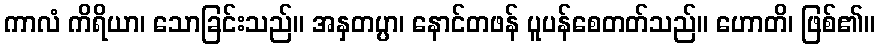
ကာလံ ကိရိယာ၊ သောခြင်းသည်။ အနှတပ္ပာ၊ နောင်တဖန် ပူပန်စေတတ်သည်။ ဟောတိ၊ ဖြစ်၏။